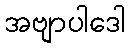
အဗျာပါဒေါ